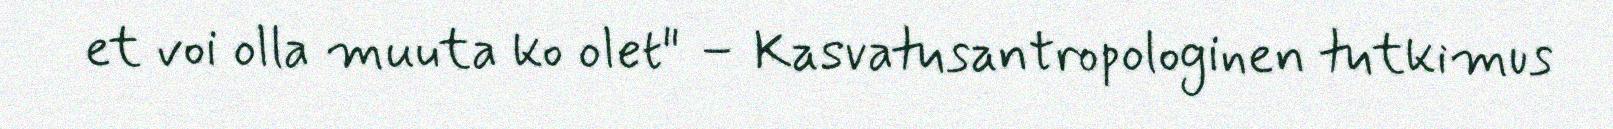
et voi olla muuta ko olet" – Kasvatusantropologinen tutkimus